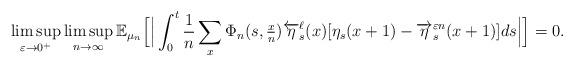
LaTeX: \begin{align*} \limsup_{\varepsilon \rightarrow 0^{+}}\limsup_{n \rightarrow \infty}\mathbb{E}_{\mu_n} \Big[ \Big| \int_{0}^{t}\frac{1}{n}\sum_{x } \Phi_n(s, \tfrac{x}{n} ) \overleftarrow{\eta}_{s}^{\ell}(x) [\eta_{s}(x+1)-\overrightarrow{\eta}_{s}^{\varepsilon n}(x+1)]ds \Big| \Big] =0.\end{align*}